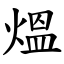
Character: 熅